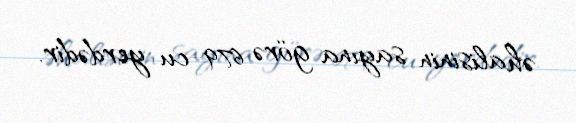
əhalisinin sayına görə 679-cu yerdədir.